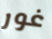
غور